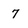
Character: 7